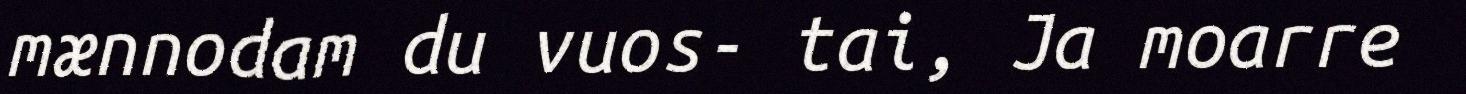
mænnodam du vuos- tai, Ja moarre